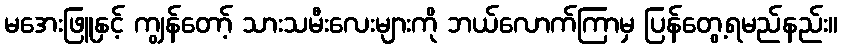
မအေးဖြူနှင့် ကျွန်တော့် သားသမီးလေးများကို ဘယ်လောက်ကြာမှ ပြန်တွေ့ရမည်နည်း။